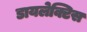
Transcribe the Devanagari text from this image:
डायलेक्टिस